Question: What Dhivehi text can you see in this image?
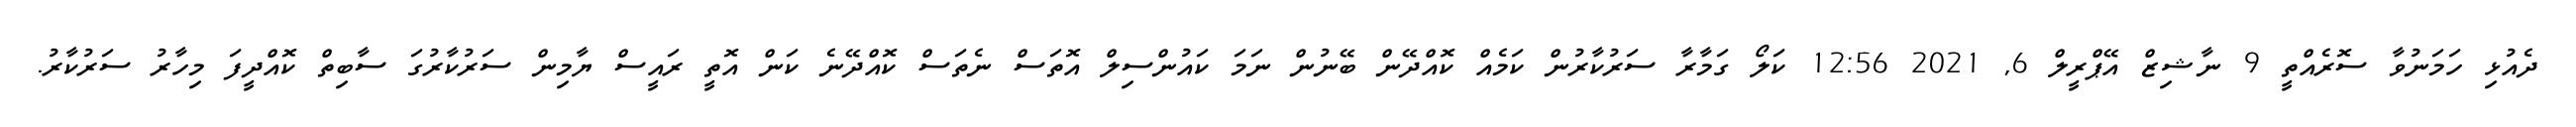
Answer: ދެއުޅި ހަމަނުވާ ސޮރެއްތީ 9 ނާޝިޒް އޭޕްރީލް 6, 2021 12:56 ކަލޯ ގަމާރާ ސަރުކާރުން ކަމެއް ކޮއްދޭން ބޭނުން ނަމަ ކައުންސިލް އޮތަސް ނެތަސް ކޮއްދޭނެ ކަން އޮތީ ރައީސް ޔާމިން ސަރުކާރުގަ ސާބިތް ކޮއްދީފަ މިހާރު ސަރުކާރު.